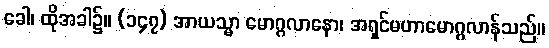
ခေါ၊ ထိုအခါ၌။ (၁၄၇) အာယသ္မာ မောဂ္ဂလာနော၊ အရှင်မဟာမောဂ္ဂလာန်သည်။